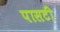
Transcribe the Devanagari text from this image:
पासटी